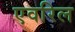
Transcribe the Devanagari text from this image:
एवरिल